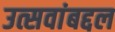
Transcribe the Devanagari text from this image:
उत्सवांबद्दल